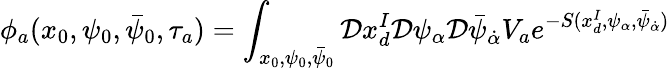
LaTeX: \phi_{a}(x_{0},\psi_{0},\bar{\psi}_{0},\tau_{a})=\int_{x_{0},\psi_{0},\bar{\psi}_{0}}{\cal D}x_{d}^{I}{\cal D}\psi_{\alpha}{\cal D}\bar{\psi}_{\dot{\alpha}}V_{a}e^{-S(x_{d}^{I},\psi_{\alpha},\bar{\psi}_{\dot{\alpha}})}